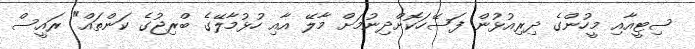
ސިޓީއާއި މީހުންގެ ދިރިއުޅުން ފަސޭހަކޮށްދިނުމަށް މާލޭ އާއި ހުޅުމާލޭގެ ބްރިޖުގެ ކަންތައް" ރައީސް